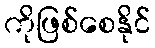
ကိုဖြစ်စေနိုင်